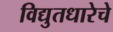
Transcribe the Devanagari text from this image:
विद्युतधारेचे